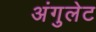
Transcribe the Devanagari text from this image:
अंगुलेट